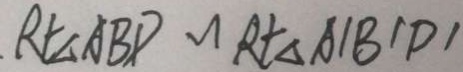
R t \Delta A B D \sim R t \Delta A ^ { \prime } B ^ { \prime } D ^ { \prime }